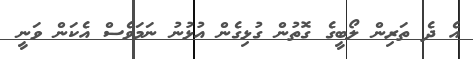
އެ ދެ ތަރިން ލޯބީގެ ގޮތުން ގުޅިގެން އުޅުނު ނަމަވެސް އެކަން ވަނީ